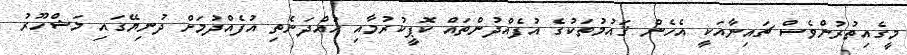
މީގެއިތުރުންވެސް ޗައިނާއަކީ އެހެން ޤައުމުތަކުގެ އުފެއްދުންތައް ކޮޕީކުރުމާއި ހުއްދަނެތި އުފެއްދުމަށް ދުނިޔޭގައި މަޝްހޫރު